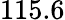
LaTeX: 115.6